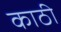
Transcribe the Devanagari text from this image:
काठी